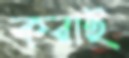
করাই